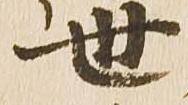
世